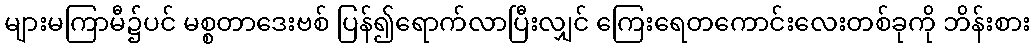
များမကြာမီ၌ပင် မစ္စတာဒေးဗစ် ပြန်၍ရောက်လာပြီးလျှင် ကြေးရေတကောင်းလေးတစ်ခုကို ဘိန်းစား